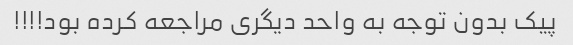
پیک بدون توجه به واحد دیگری مراجعه کرده بود!!!!